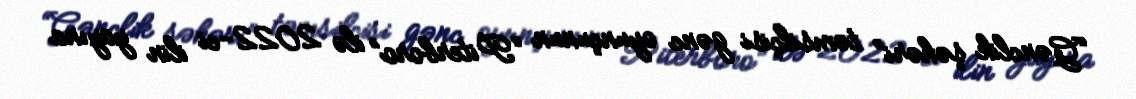
“Gənclik şəhəri” təmsilçisi gənc oyunçunun “Piterboro” ilə 2022-ci ilin yayına